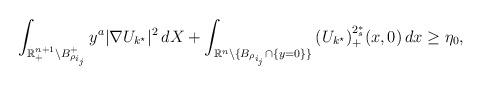
LaTeX: \begin{align*}\int_{\mathbb{R}^{n+1}_+\setminus B_{\rho_{i_j}}^+}{y^a|\nabla U_{k^\star}|^2\,dX}+\int_{\mathbb{R}^n\setminus\{B_{\rho_{i_j}}\cap\{y=0\}\}}{(U_{k^\star})_+^{2^*_s}(x,0)\,dx}\geq \eta_0,\end{align*}